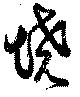
憢